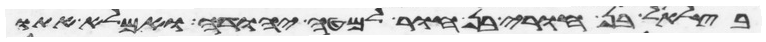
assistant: בצלאל בן חורי בן חור למטה יהודה ואמלא אתו